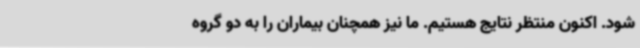
شود. اکنون منتظر نتایج هستیم. ما نیز همچنان بیماران را به دو گروه